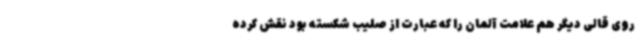
روی قالی دیگر هم علامت آلمان را که عبارت از صلیب شکسته بود نقش کرده